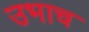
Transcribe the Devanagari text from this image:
उभाच